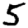
Digit: 5